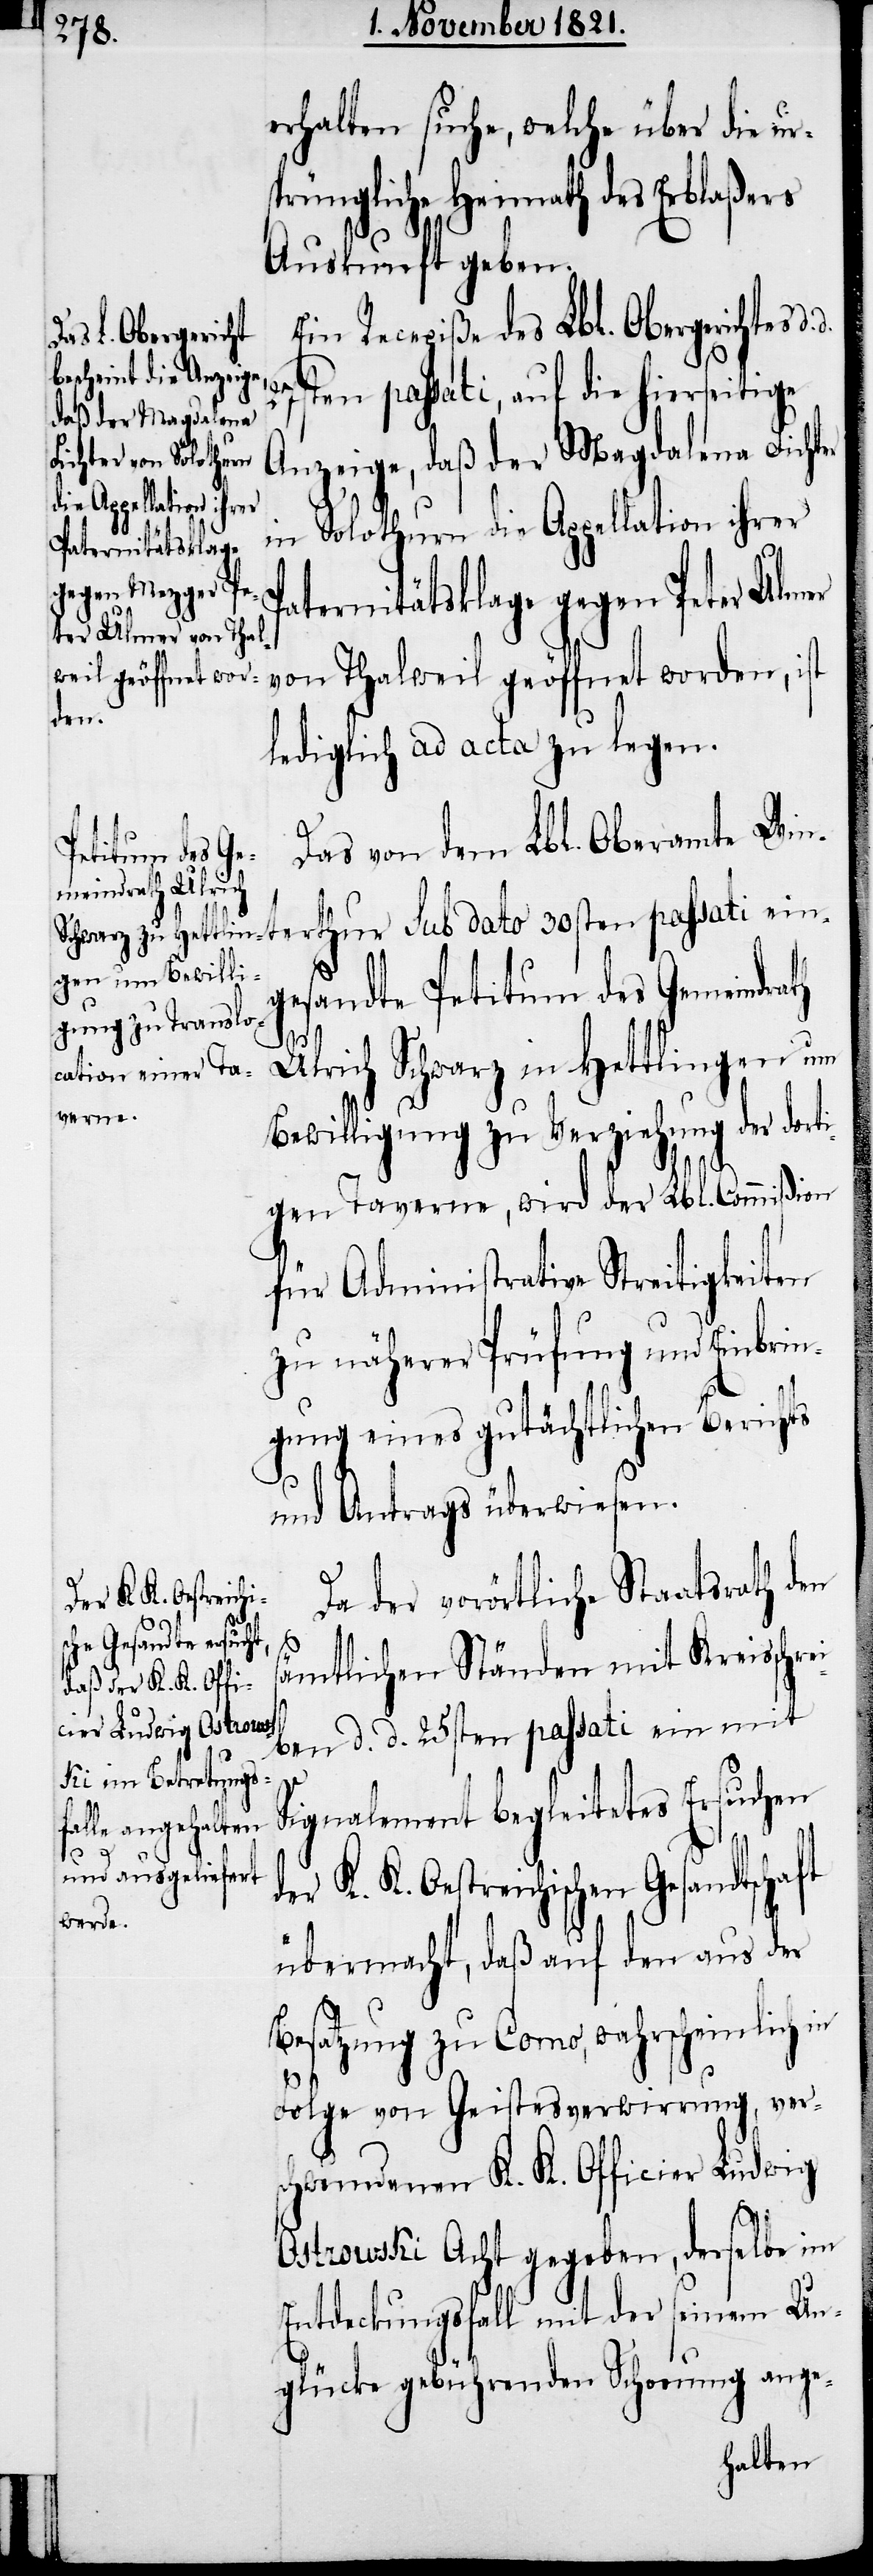
erhalten suche, welche über die ur¬
sprüngliche Heimath des Erblaßers
Auskunft geben.
Ein Recepiße des Lbl. Obergerichts d.
ten passati, auf die hierseitige
Anzeige, daß der Magdalena Fichter
in Solothurn die Appellation ihrer
Paternitätsklage gegen Peter Ulmer
von Thalweil geöffnet worden, ist
ein¬
lediglich ad acta zu legen.
Das von dem Lbl. Oberamte Win¬
terthur sub da¬
gesandte Petitum des Gemeindrath
30sten
Ulrich Schwarz in Hettlingen um
Bewilligung zu Verziehung der dort¬
igen Taverne, wird der Lbl. Commißion
für Administrative Streitigkeiten
zu näherer Prüfung und Einbrin¬
gung eines gutächtlichen Berichts
s¬
und Antrags überwiesen.
Da der vorörtliche Staatsrath den
ämtlichen Ständen mit Kreisschre¬
iben d. d. 25sten passati ein mit
Signalement begleitetes Ersuchen
der K. K. Oestreichischen Gesandtschaft
übermacht, daß auf den aus der
Besatzung zu Como, wahrscheinlich in
Folge von Geistesverwirrung, ver¬
schwundenen K. K. Officier Ludwig
Ostrowski Acht gegeben, derselbe im
Entdeckungsfall mit der seinem Un¬
glücke gebührenden Schonung ange-